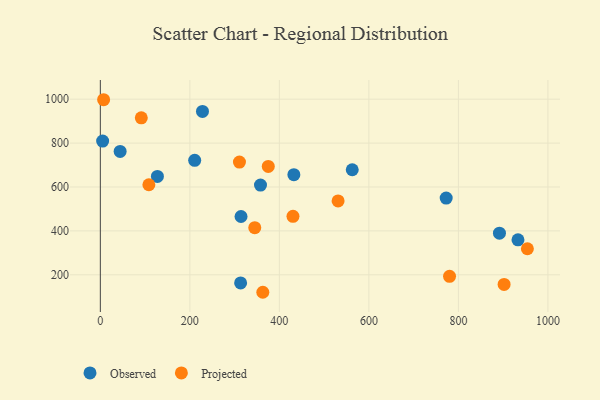
{"axis": {"x": "Ad Spend", "y": "Exam Score"}, "legend": ["Observed", "Projected"], "data": [{"x": "127.5", "y": 648.0, "type": "Observed"}, {"x": "313.4", "y": 163.0, "type": "Observed"}, {"x": "772.7", "y": 549.5, "type": "Observed"}, {"x": "5.1", "y": 809.1, "type": "Observed"}, {"x": "44.2", "y": 762.2, "type": "Observed"}, {"x": "357.8", "y": 608.9, "type": "Observed"}, {"x": "933.1", "y": 359.2, "type": "Observed"}, {"x": "562.8", "y": 678.7, "type": "Observed"}, {"x": "432.4", "y": 656.1, "type": "Observed"}, {"x": "891.7", "y": 389.5, "type": "Observed"}, {"x": "314.3", "y": 465.5, "type": "Observed"}, {"x": "210.8", "y": 721.4, "type": "Observed"}, {"x": "228.2", "y": 944.5, "type": "Observed"}, {"x": "345.0", "y": 414.9, "type": "Projected"}, {"x": "954.1", "y": 318.7, "type": "Projected"}, {"x": "91.5", "y": 915.1, "type": "Projected"}, {"x": "902.1", "y": 156.1, "type": "Projected"}, {"x": "7.3", "y": 997.6, "type": "Projected"}, {"x": "108.4", "y": 610.2, "type": "Projected"}, {"x": "780.2", "y": 193.0, "type": "Projected"}, {"x": "531.2", "y": 536.7, "type": "Projected"}, {"x": "310.8", "y": 713.4, "type": "Projected"}, {"x": "375.2", "y": 693.7, "type": "Projected"}, {"x": "363.0", "y": 120.4, "type": "Projected"}, {"x": "430.4", "y": 466.6, "type": "Projected"}]}